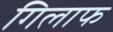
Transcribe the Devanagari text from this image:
गिलाफ